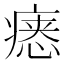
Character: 𪽷